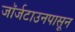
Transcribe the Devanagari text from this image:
जॉर्जटाउनपासून